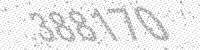
Solution: 388170